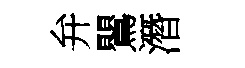
弁鸎潛